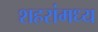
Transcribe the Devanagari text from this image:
शहरांमध्य